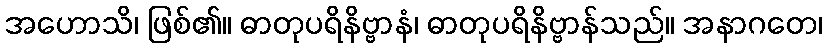
အဟောသိ၊ ဖြစ်၏။ ဓာတုပရိနိဗ္ဗာနံ၊ ဓာတုပရိနိဗ္ဗာန်သည်။ အနာဂတေ၊